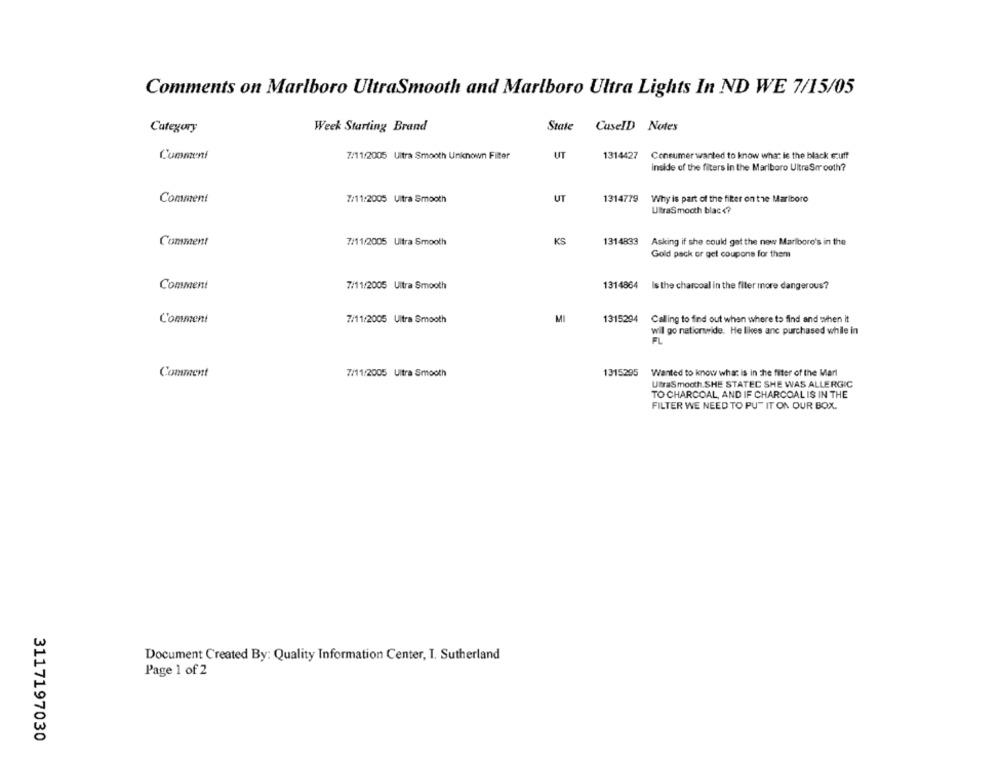
Comments on Marlboro UltraSmooth and Marlboro Ultra Lights In ND WE 7/15/05
Category
Week Starting Brand
State
CaseID Notes
Communi
7/11/2005 Ultra Smooth Unknown Filter
UT
1314427 Consumer wanted to know what is the black stuff
Inside of the filters in the Marlboro UltraSmooth?
Comment
7/11/2005 Ultra Smooth
UT
1314779 Why is part of the fiter on the Marlboro
UBraSmooth blac <?
Comment
7/11/2005 Ultra Smooth
KS
1314833
Asking if she could get the now Marlboro's in the
Gold pack or get coupons for them
Comment
7/11/2005 Ultra Smooth
1314864
Is the charcoal in the filer more dangerous?
Comment
7/11/2005 Ultra Smooth
MI
1315294 Calling to find out when where to find and when it
will go nationwide. He likes anc purchased while in
FL
Comment
7/11/2005 Ultra Smooth
1315295 Wanted to know what is in the filter of the Marl
UtraSmooth.SHE STATEC SHE WAS ALLERGIC
TO CHARCOAL, AND IF CHARCOAL IS IN THE
FILTER WE NEED TO PUT IT ON OUR BOX.
Document Created By: Quality Information Center, I. Sutherland
Page 1 of 2
3117197030